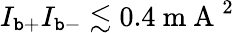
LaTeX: I_{\mathtt{b}+}I_{\mathtt{b}-}\lesssim0.4\mathrm{{~m~A~}}^{2}